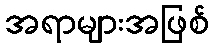
အရာများအဖြစ်